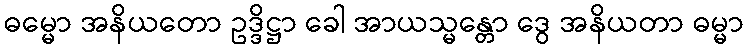
ဓမ္မော အနိယတော ဥဒ္ဒိဋ္ဌာ ခေါ အာယသ္မန္တော ဒွေ အနိယတာ ဓမ္မာ